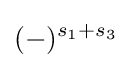
(-)^{s_{1}+s_{3}}